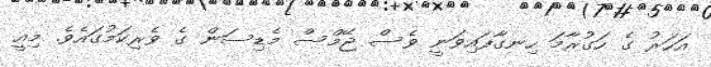
އަހަރު ގެ ހަގުރާމަ ހިނގާފައިވަނީ ވެސް ޖޭމްސް މެޑިސަން ގެ ވެރިކަމުގައެވެ. މިއީ